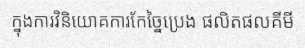
ក្នុងការវិនិយោគការកែច្នៃប្រេង ផលិតផលគីមី